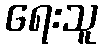
ရေးသူ